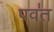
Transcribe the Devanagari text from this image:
पव॑त